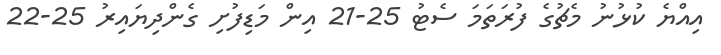
އިއްޔެ ކުޅުނު މެޗުގެ ފުރަތަމަ ސެޓު 25-21 އިން މަޑިފުށި ގެންދިޔައިރު 25-22